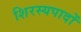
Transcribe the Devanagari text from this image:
शिरस्यपादों